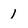
Character: l